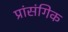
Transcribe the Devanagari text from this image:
प्रांसंगिक